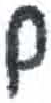
אות: ם